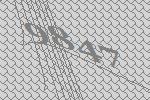
9847